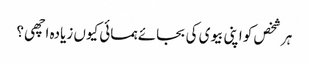
ہر شخص کو اپنی بیوی کی بجائے ہمسائی کیوں زیادہ اچھی ؟